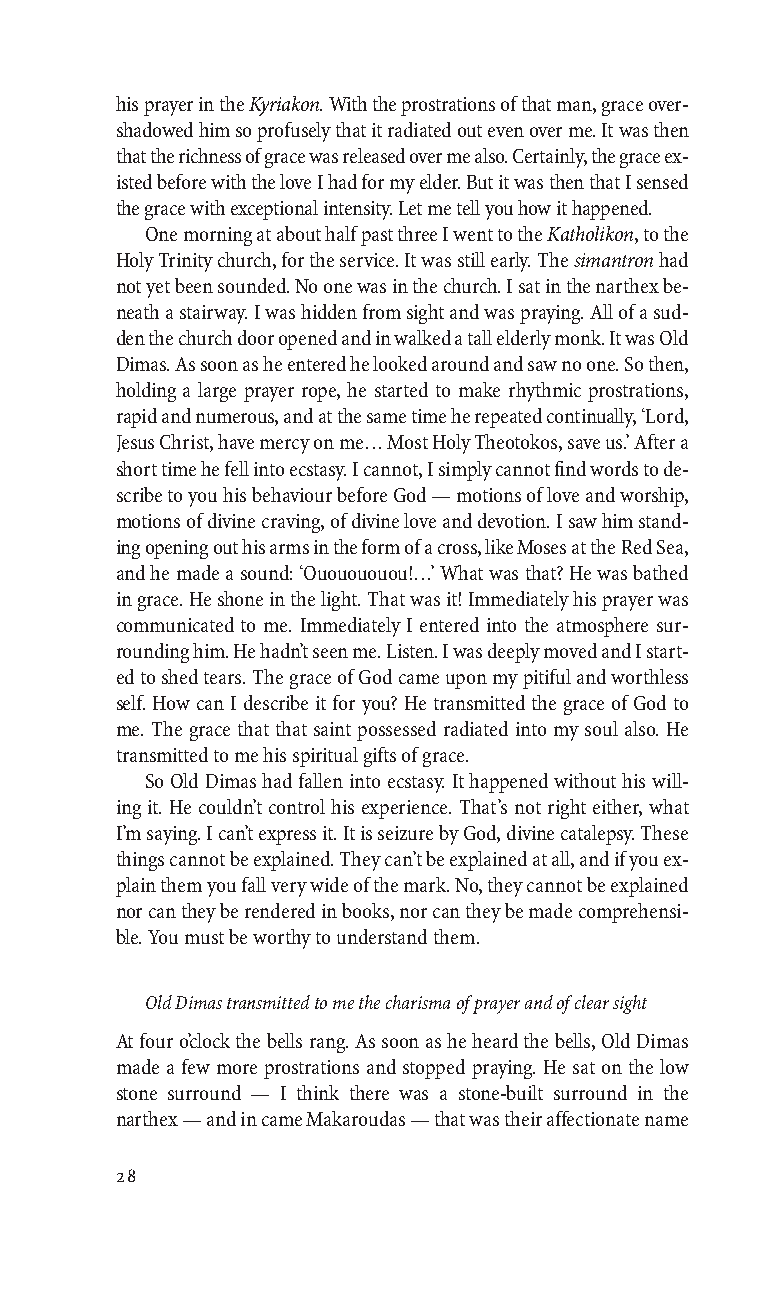
TELIKO BIBLIO small caps 17-07-08 12:44 Page 28
 his prayer in the Kyriakon. With the prostrations of that man, grace over-
 shadowed him so profusely that it radiated out even over me. It was then
 that the richness of grace was released over me also. Certainly, the grace ex-
 isted before with the love I had for my elder. But it was then that I sensed
 the grace with exceptional intensity. Let me tell you how it happened.
 One morning at about half past three I went to the Katholikon, to the
 Holy Trinity church, for the service. It was still early. The simantronhad
 not yet been sounded. No one was in the church. I sat in the narthex be-
 neath a stairway. I was hidden from sight and was praying. All of a sud-
 den the church door opened and in walked a tall elderly monk. It was Old
 Dimas. As soon as he entered he looked around and saw no one. So then,
 holding a large prayer rope, he started to make rhythmic prostrations,
 rapid and numerous, and at the same time he repeated continually, ‘Lord,
 Jesus Christ, have mercy on me… Most Holy Theotokos, save us.’ After a
 short time he fell into ecstasy. I cannot, I simply cannot find words to de-
 scribe to you his behaviour before God — motions of love and worship,
 motions of divine craving, of divine love and devotion. I saw him stand-
 ing opening out his arms in the form of a cross, like Moses at the Red Sea,
 and he made a sound: ‘Ououououou!…’ What was that? He was bathed
 in grace. He shone in the light. That was it! Immediately his prayer was
 communicated to me. Immediately I entered into the atmosphere sur-
 rounding him. He hadn’t seen me. Listen. I was deeply moved and I start-
 ed to shed tears. The grace of God came upon my pitiful and worthless
 self. How can I describe it for you? He transmitted the grace of God to
 me. The grace that that saint possessed radiated into my soul also. He
 transmitted to me his spiritual gifts of grace.
 So Old Dimas had fallen into ecstasy. It happened without his will-
 ing it. He couldn’t control his experience. That’snot right either, what
 I’m saying. I can’t express it. It is seizure by God, divine catalepsy. These
 things cannot be explained. They can’t be explained at all, and if you ex-
 plain them you fall very wide of the mark. No, they cannot be explained
 nor can they be rendered in books, nor can they be made comprehensi-
 ble. You must be worthy to understand them.
 Old Dimas transmitted to me the charisma ofprayer and ofclear sight
 At four o’clock the bells rang. As soon as he heard the bells, Old Dimas
 made a few more prostrations and stopped praying. He sat on the low
 stone surround — I think there was a stone-built surround in the
 narthex — and in came Makaroudas — that was their affectionate name
 28